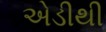
એડીથી